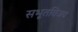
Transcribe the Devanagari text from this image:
सभूतविजय